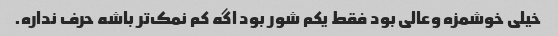
خیلی خوشمزه وعالی بود فقط یکم شور بود اگه کم نمک‌تر باشه حرف نداره.